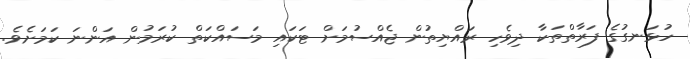
ހުޅަނގުގެ ފަރާތްތަކާ ދިވެހި ރައްޔިތުން ޖެއްސުމަށް ޓަކައި މަސައްކަތް ކުރަމުން އަންނަ ކަމަށެވެ.